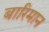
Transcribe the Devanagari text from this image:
बारिमान